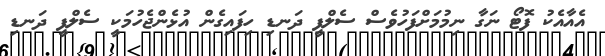
އެއާއެކު ފޮޓޯ ނަގާ ނިމުމަށްފަހުވެސް ސެލްފީ ދަނޑި ހިފައިގެން އުޅެންޖެހުމަކީ ސެލްފީ ދަނޑި